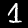
Label: 1